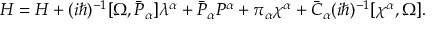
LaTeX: H = { \cal H } + ( i \hbar ) ^ { - 1 } [ \Omega , \bar { \cal P } _ { \alpha } ] \lambda ^ { \alpha } + \bar { \cal P } _ { \alpha } { \cal P } ^ { \alpha } + \pi _ { \alpha } \chi ^ { \alpha } + \bar { C } _ { \alpha } ( i \hbar ) ^ { - 1 } [ \chi ^ { \alpha } , \Omega ] .